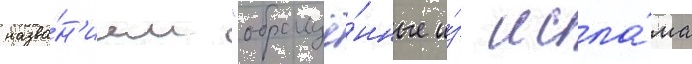
назва́н'ием "обращё́нные и́з исла́ма